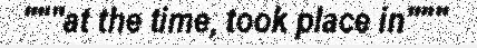
"""at the time, took place in"""